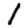
Digit: 1